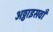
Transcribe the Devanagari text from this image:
अठ्ठाइसवाँ